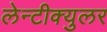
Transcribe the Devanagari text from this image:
लेन्टीक्युलर